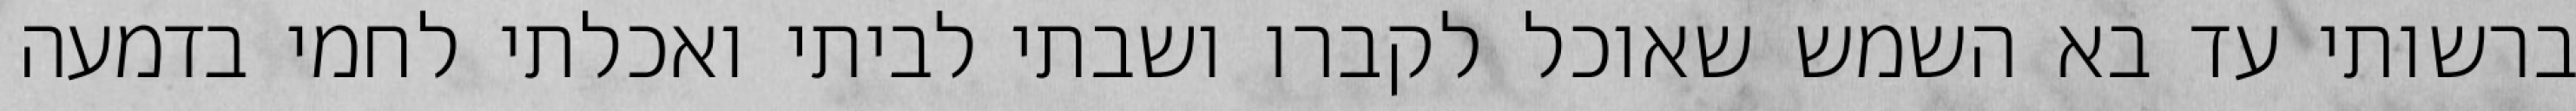
ברשותי עד בא השמש שאוכל לקברו ושבתי לביתי ואכלתי לחמי בדמעה